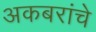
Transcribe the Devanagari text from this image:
अकबरांचे